Annual report on the Civil Veterinary Department, Burma (including the Insein Veterinary School) - 1910-1922
Year: 1910
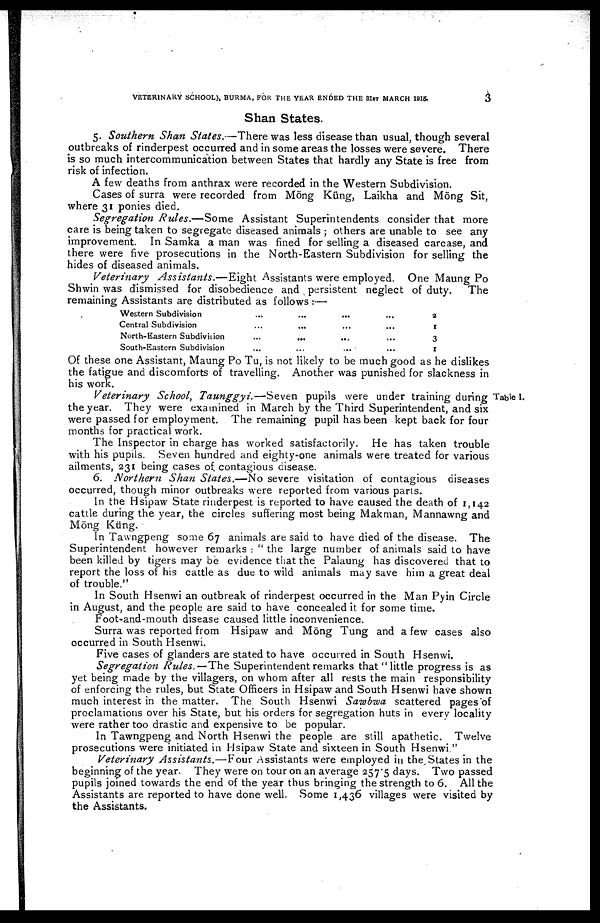
VETERINARY SCHOOL), BURMA, FOR THE YEAR ENDED THE 31ST MARCH 1915.
3
Shan States.
5. Southern Shan States.—There was less disease than usual, though several
outbreaks of rinderpest occurred and in some areas the losses were severe. There
is so much intercommunication between States that hardly any State is free from
risk of infection.
A few deaths from anthrax were recorded in the Western Subdivision.
Cases of surra were recorded from Möng Küng, Laikha and Möng Sit,
where 31 ponies died.
Segregation Rules.—Some
Assistant Superintendents consider that more
care is being taken to segregate diseased animals ; others are unable to see any
improvement. In Samka a man was fined for selling a diseased carcase, and
there were five prosecutions in the North-Eastern Subdivision for selling the
hides of diseased animals.
Veterinary
Assistants.—Eight
Assistants were employed. One Maung Po
Shwin was dismissed for disobedience and persistent neglect of duty.
The
remaining Assistants are distributed as follows:—
Western Subdivision
Central Subdivision
North-Eastern Subdivision
South-Eastern Subdivision
...
...
...
...
...
...
...
...
...
...
...
...
...
...
...
...
2
1
3
1
Of these one Assistant, Maung Po Tu, is not likely to be much good as he dislikes
the fatigue and discomforts of travelling. Another was punished for slackness in
his work.
Veterinary School, Taunggyi.—Seven
pupils were under training during Tab
the year. They were examined in March by the Third Superintendent, and six
were passed for employment. The remaining pupil has been kept back for four
months for practical work.
The Inspector in charge has worked satisfactorily. He has taken trouble
with his pupils. Seven hundred and eighty-one animals were treated for various
ailments, 231 being cases of contagious disease.
6. Northern Shan States.—No severe visitation of contagious diseases
occurred, though minor outbreaks were reported from various parts.
In the Hsipaw State rinderpest is reported to have caused the death of 1,142
cattle during the year, the circles suffering most being Makman, Mannawng and
Möng Küng.
In Tawngpeng some 67 animals are said to have died of the disease. The
Superintendent however remarks: "the large number of animals said to have
been killed by tigers may be evidence that the Palaung has discovered that to
report the loss of his cattle as due to wild animals may save him a great deal
of trouble."
In South Hsenwi an outbreak of rinderpest occurred in the Man Pyin Circle
in August, and the people are said to have concealed it for some time.
Foot-and-mouth disease caused little inconvenience.
Surra was reported from Hsipaw and Möng Tung and a few cases also
occurred in South Hsenwi.
Five cases of glanders are stated to have occurred in South Hsenwi.
Segregation Rules.—The Superintendent remarks that "little progress is as
yet being made by the villagers, on whom after all rests the main responsibility
of enforcing the rules, but State Officers in Hsipaw and South Hsenwi have shown
much interest in the matter. The South Hsenwi Sawbwa scattered pages of
proclamations over his State, but his orders for segregation huts in every locality
were rather too drastic and expensive to be popular.
In Tawngpeng and North Hsenwi the people are still apathetic. Twelve
prosecutions were initiated in Hsipaw State and sixteen in South Hsenwi."
Veterinary Assistants.—Four
Assistants were employed in the States in the
beginning of the year. They were on tour on an average 257.5 days. Two passed
pupils joined towards the end of the year thus bringing the strength to 6. All the
Assistants are reported to have done well. Some 1,436 villages were visited by
the Assistants.